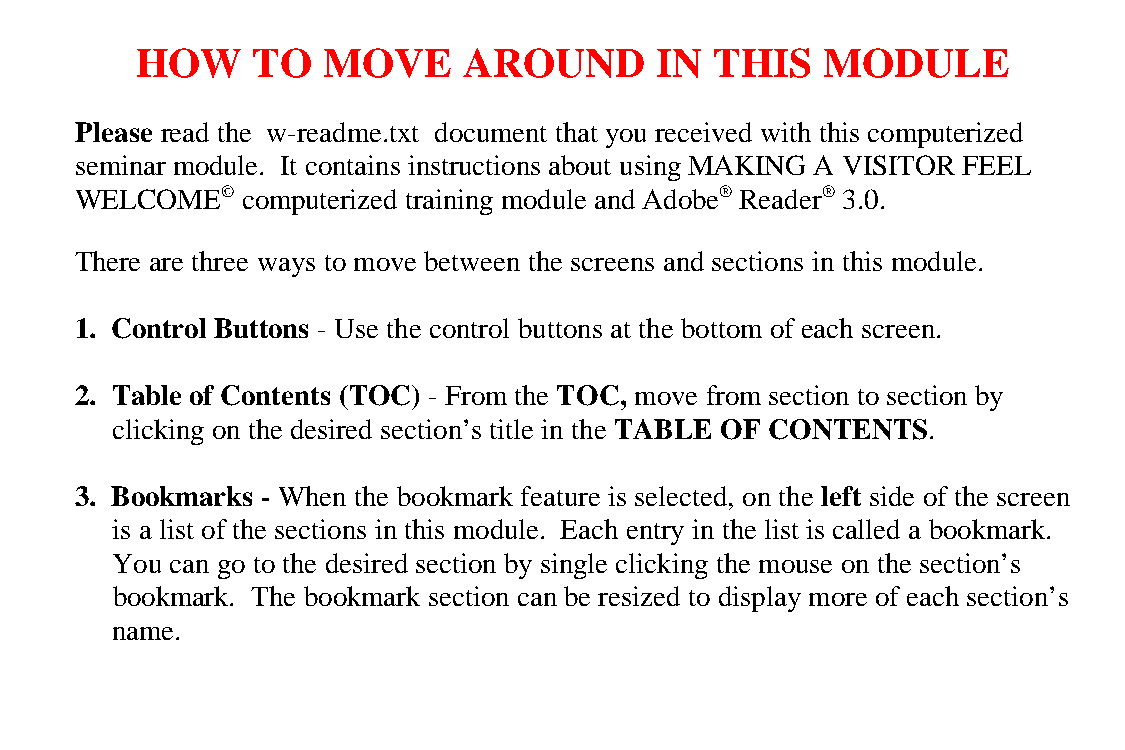
HOW     TO  MOVE      AROUND      IN  THIS   MODULE
 Please read the w-readme.txt document that you received with this computerized
 seminar module. It contains instructions about using MAKING A VISITOR FEEL
 WELCOME©   computerized training module and Adobe® Reader® 3.0.
 There are three ways to move between the screens and sections in this module.
 1. Control Buttons - Use the control buttons at the bottom of each screen.
 2. Table of Contents (TOC) - From the TOC, move from section to section by
 clicking on the desired section’s title in the TABLE OF CONTENTS.
 3. Bookmarks - When the bookmark feature is selected, on the left side of the screen
 is a list of the sections in this module. Each entry in the list is called a bookmark.
 You can go to the desired section by single clicking the mouse on the section’s
 bookmark. The bookmark section can be resized to display more of each section’s
 name.